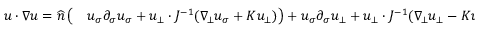
\begin{array} { r l } { u \cdot \nabla u = \widehat { n } \, \big ( } & { { } u _ { \sigma } \partial _ { \sigma } u _ { \sigma } + u _ { \bot } \cdot J ^ { - 1 } ( \nabla _ { \! \bot } u _ { \sigma } + K u _ { \bot } ) \big ) + u _ { \sigma } \partial _ { \sigma } u _ { \bot } + u _ { \bot } \cdot J ^ { - 1 } ( \nabla _ { \! \bot } u _ { \bot } - K u _ { \sigma } ) . } \end{array}